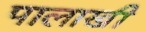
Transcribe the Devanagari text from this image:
पालाखी